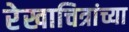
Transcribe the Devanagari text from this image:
रेखाचित्रांच्या